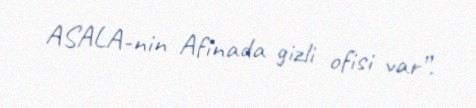
ASALA-nin Afinada gizli ofisi var”.